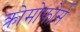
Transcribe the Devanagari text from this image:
क्रोमोफोर्स